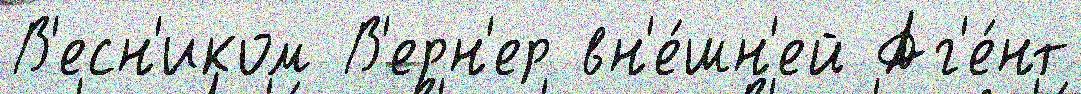
В'есн'иком В'ерн'ер вн'е́шн'ей Аг'е́нт